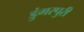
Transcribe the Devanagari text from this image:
डुंगरपुरी